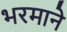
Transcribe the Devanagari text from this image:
भरमाने